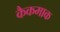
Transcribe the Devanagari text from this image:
कैकमाक